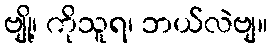
ဗျို့၊ ကိုသူရ၊ ဘယ်လဲဗျ။